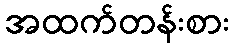
အထက်တန်းစား